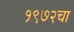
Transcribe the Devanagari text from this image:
१९७२चा